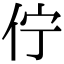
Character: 佇